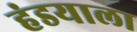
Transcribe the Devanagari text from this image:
हंडयाला